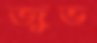
জুভ